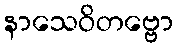
နာသေဝိတဗ္ဗော